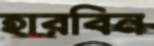
হারবিন